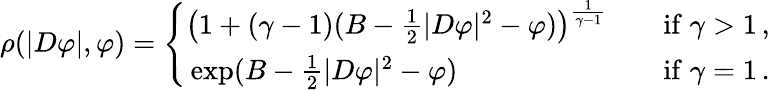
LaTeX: \begin{array}{r}{\rho(|D\varphi|,\varphi)=\left\{ \begin{array}{ll}{\big(1+(\gamma-1)(B-\frac 12|D\varphi|^{2}-\varphi)\big)^{\frac{1}{\gamma-1}}}&{\quad\mathrm{if}\; \gamma>1\, ,}\\ {\, \mathrm{exp}(B-\frac 12|D\varphi|^{2}-\varphi)}&{\quad\mathrm{if}\; \gamma=1\, .}\end{array}\right.}\end{array}